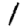
Digit: 1